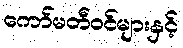
ကော်မတီဝင်များနှင့်